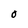
Character: O